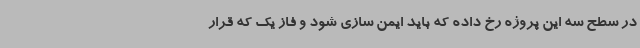
در سطح سه این پروژه رخ داده که باید ایمن سازی شود و فاز یک که قرار